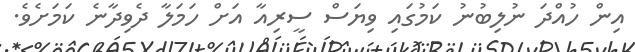
އިން ހުއްދަ ނުލިބުނު ކަމުގައި ވިޔަސް ސީރިއާ އަށް ހަމަލާ ދެވިދާނެ ކަމަށެވެ.